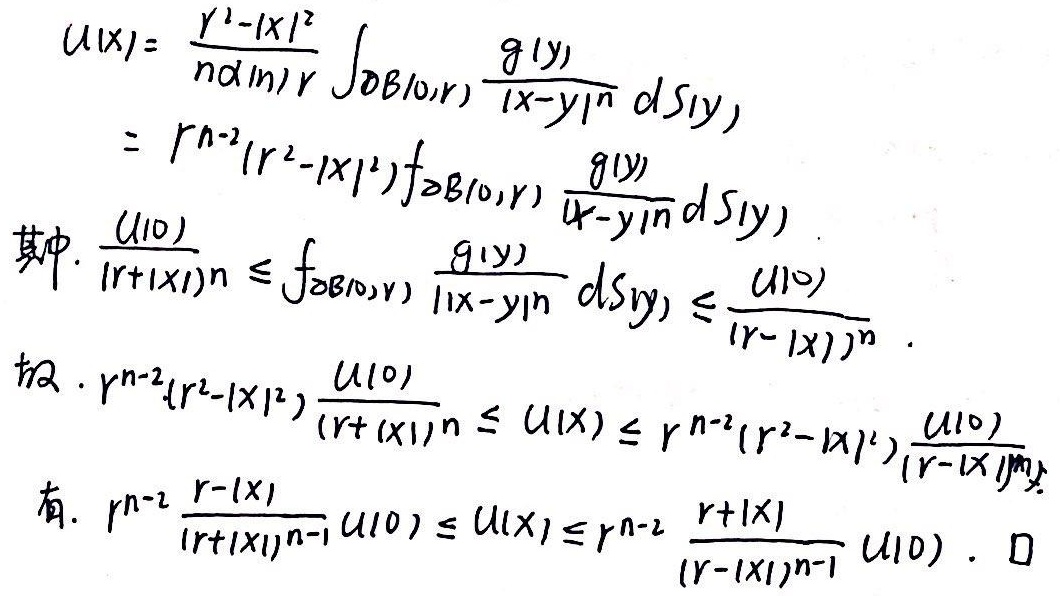
\[
\begin{align*}
u(x)&=\frac{r^{2}-|x|^{2}}{n\alpha(n)r}\int_{\partial B(0,r)}\frac{g(y)}{|x - y|^{n}}dS(y)\\
&=r^{n - 2}(r^{2}-|x|^{2})\ \text{f}_{\partial B(0,r)}\frac{g(y)}{|x - y|^{n}}dS(y)
\end{align*}
\]
其中，\(\frac{u(0)}{(r + |x|)^{n}}\leq \text{f}_{\partial B(0,r)}\frac{g(y)}{|x - y|^{n}}dS(y)\leq\frac{u(0)}{(r-|x|)^{n}}\)。

故\(r^{n - 2}(r^{2}-|x|^{2})\frac{u(0)}{(r + |x|)^{n}}\leq u(x)\leq r^{n - 2}(r^{2}-|x|^{2})\frac{u(0)}{(r - |x|)^{n}}\)。

有\(r^{n - 2}\frac{r - |x|}{(r + |x|)^{n - 1}}u(0)\leq u(x)\leq r^{n - 2}\frac{r + |x|}{(r - |x|)^{n - 1}}u(0)\)。  \(\square\)